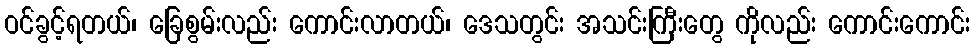
ဝင်ခွင့်ရတယ်၊ ခြေစွမ်းလည်း ကောင်းလာတယ်၊ ဒေသတွင်း အသင်းကြီးတွေ ကိုလည်း ကောင်းကောင်း